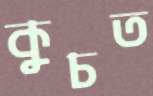
কুচত